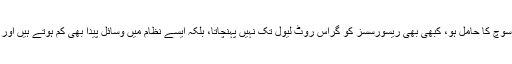
ایک غیر منظم، بد اخلاق اور خود غرض سیاسی نظام جو انفرادی سوچ کا حامل ہو، کبھی بھی ریسورسسز کو گراس روٹ لیول تک نہیں پہنچاتا، بلکہ ایسے نظام میں وسائل پیدا بھی کم ہوتے ہیں اور جو پیدا ہوتے ہیں وہ نظام پہ قابض افراد کے زیر تسلط رہتے ہیں۔